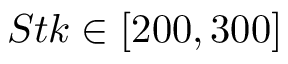
S t k \in [ 2 0 0 , 3 0 0 ]